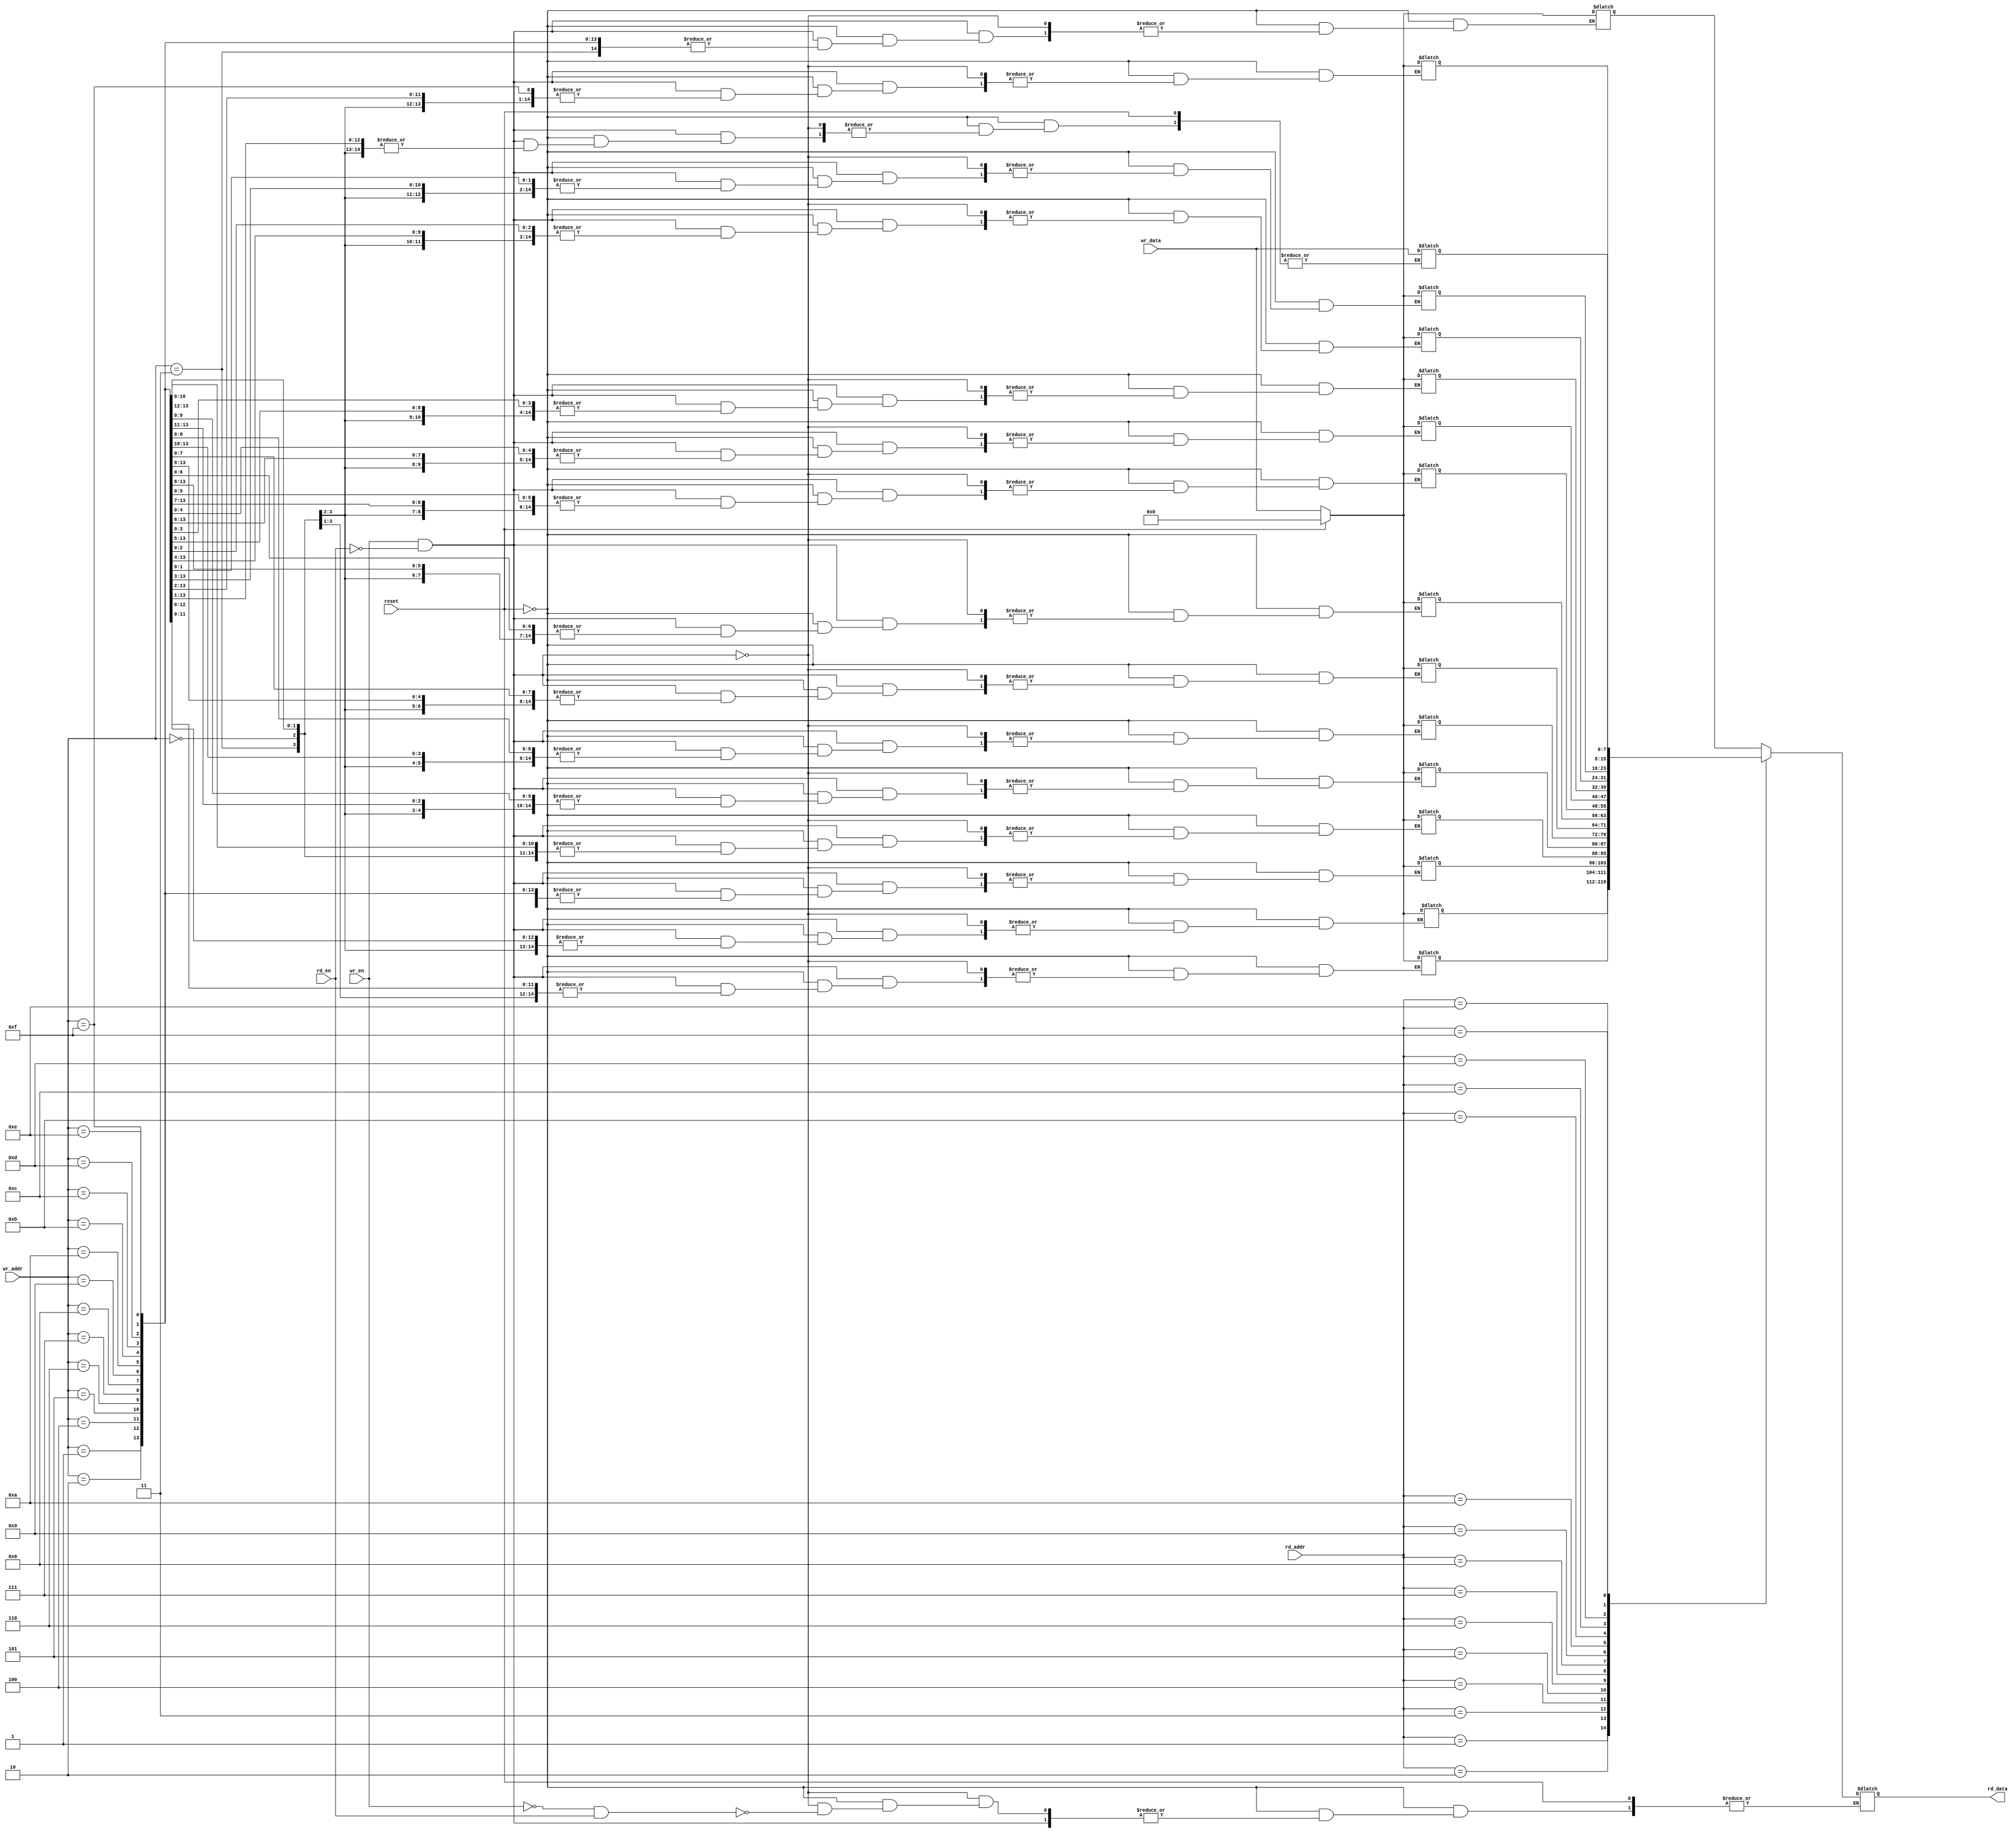
`timescale 1ns / 1ps

module asy_dual_port_ram(reset,wr_data,wr_en,rd_en,wr_addr,rd_addr,rd_data );
    parameter ADDR_SIZE = 4;
    parameter DATA_SIZE = 8;
    //we can use <localparam MEMORY_SIZE = 2**ADDR_SIZE> also for defining the memory size;
    input reset, wr_en, rd_en;
    input [ADDR_SIZE-1:0] wr_addr;
    input [DATA_SIZE-1:0] wr_data;
    input [ADDR_SIZE-1:0] rd_addr;
    output reg [DATA_SIZE-1:0] rd_data;
    integer i;

    reg [DATA_SIZE-1:0]mem[2**ADDR_SIZE-1:0];

    always@(*) begin
        if(reset) begin
            for(i=0;i<2**ADDR_SIZE-1;i=i+1) begin
                mem[i] = 0;
            end
        end
        else if(wr_en && !rd_en) begin
            mem[wr_addr] = wr_data;
        end
        else if (!wr_en && rd_en) begin
            rd_data = mem[rd_addr];
        end
    end

endmodule